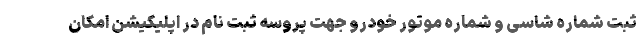
ثبت شماره شاسی و شماره موتور خودرو جهت پروسه ثبت نام در اپلیکیشن امکان